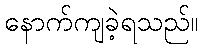
နောက်ကျခဲ့ရသည်။